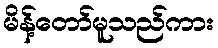
မိန့်တော်မူသည်ကား